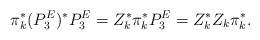
LaTeX: \begin{align*}\pi_k^*(P^E_3)^*P^E_3=Z_k^*\pi_{k}^*P^E_3=Z_k^*Z_k\pi_{k}^*.\end{align*}